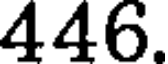
446.